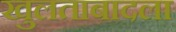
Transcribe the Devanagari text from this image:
खुलताबादला